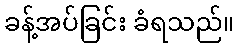
ခန့်အပ်ခြင်း ခံရသည်။